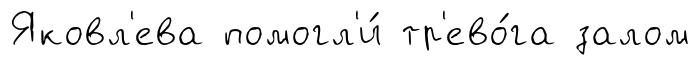
Яковл'ева помогл'и́ тр'ево́га залом